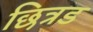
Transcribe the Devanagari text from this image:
छित्रड